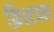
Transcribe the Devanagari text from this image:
क्रिस्टबल